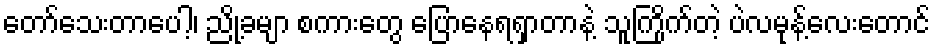
တော်သေးတာပေါ့၊ ညို့ခမျာ စကားတွေ ပြောနေရရှာတာနဲ့ သူကြိုက်တဲ့ ပဲလမုန့်လေးတောင်